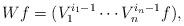
LaTeX: \begin{align*} Wf=(V_1^{i_1-1}\cdots V_n^{i_n-1}f), \end{align*}